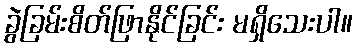
ခွဲခြမ်းစိတ်ဖြာနိုင်ခြင်း မရှိသေးပါ။